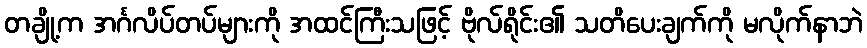
တချို့က အင်္ဂလိပ်တပ်များကို အထင်ကြီးသဖြင့် ဗိုလ်ရိုင်း၏ သတိပေးချက်ကို မလိုက်နာဘဲ